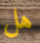
هل